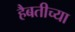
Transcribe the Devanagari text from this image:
हैबतीच्या